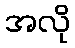
အလို